Treatise on elephants
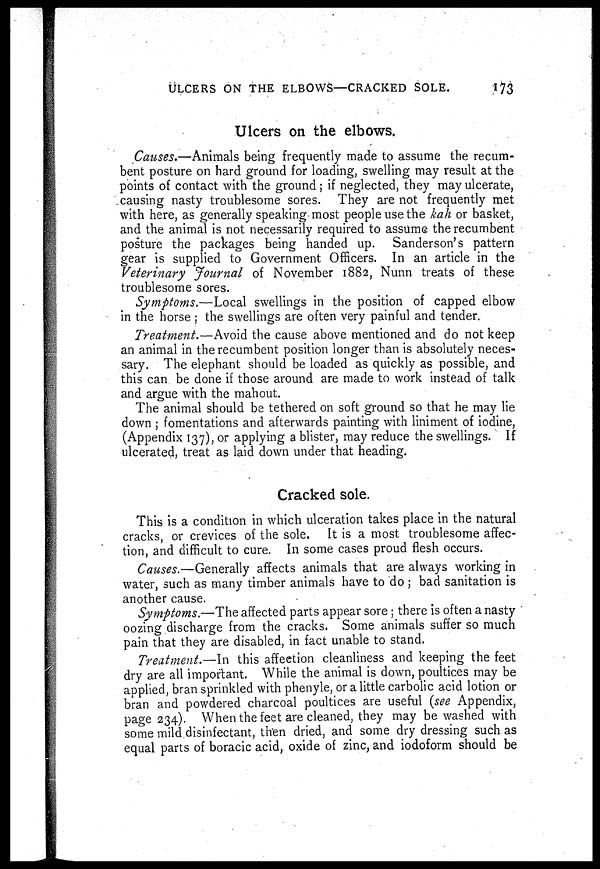
ULCERS ON THE ELBOWS—CRACKED SOLE.
173
Ulcers on the elbows.
Causes.—Animals being frequently made to assume the recum-
bent posture on hard ground for loading, swelling may result at the
points of contact with the ground; if neglected, they may ulcerate,
causing nasty troublesome sores. They are not frequently met
with here, as generally speaking most people use the kah or basket,
and the animal is not necessarily required to assume the recumbent
posture the packages being handed up. Sanderson's pattern
gear is supplied to Government Officers. In an article in the
Veterinary Journal of November 1882, Nunn treats of these
troublesome sores.
Symptoms.—Local swellings in the position of capped elbow
in the horse ; the swellings are often very painful and tender.
Treatment.—Avoid the cause above mentioned and do not keep
an animal in the recumbent position longer than is absolutely neces-
sary. The elephant should be loaded as quickly as possible, and
this can be done if those around are made to work instead of talk
and argue with the mahout.
The animal should be tethered on soft ground so that he may lie
down ; fomentations and afterwards painting with liniment of iodine,
(Appendix 137), or applying a blister, may reduce the swellings. If
ulcerated, treat as laid down under that heading.
Cracked sole.
This is a condition in which ulceration takes place in the natural
cracks, or crevices of the sole. It is a most troublesome affec-
tion, and difficult to cure. In some cases proud flesh occurs.
Causes.—Generally affects animals that are always working in
water, such as many timber animals have to do ; bad sanitation is
another cause.
Symptoms.—The affected parts appear sore ; there is often a nasty
oozing discharge from the cracks. Some animals suffer so much
pain that they are disabled, in fact unable to stand.
Treatment.—In this affection cleanliness and keeping the feet
dry are all important. While the animal is down, poultices may be
applied, bran sprinkled with phenyle, or a little carbolic acid lotion or
bran and powdered charcoal poultices are useful (see Appendix,
page 234). When the feet are cleaned, they may be washed with
some mild disinfectant, then dried, and some dry dressing such as
equal parts of boracic acid, oxide of zinc, and iodoform should be